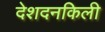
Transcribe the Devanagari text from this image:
देशदनकिली